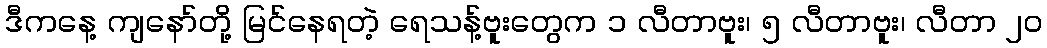
ဒီကနေ့ ကျနော်တို့ မြင်နေရတဲ့ ရေသန့်ဗူးတွေက ၁ လီတာဗူး၊ ၅ လီတာဗူး၊ လီတာ ၂၀